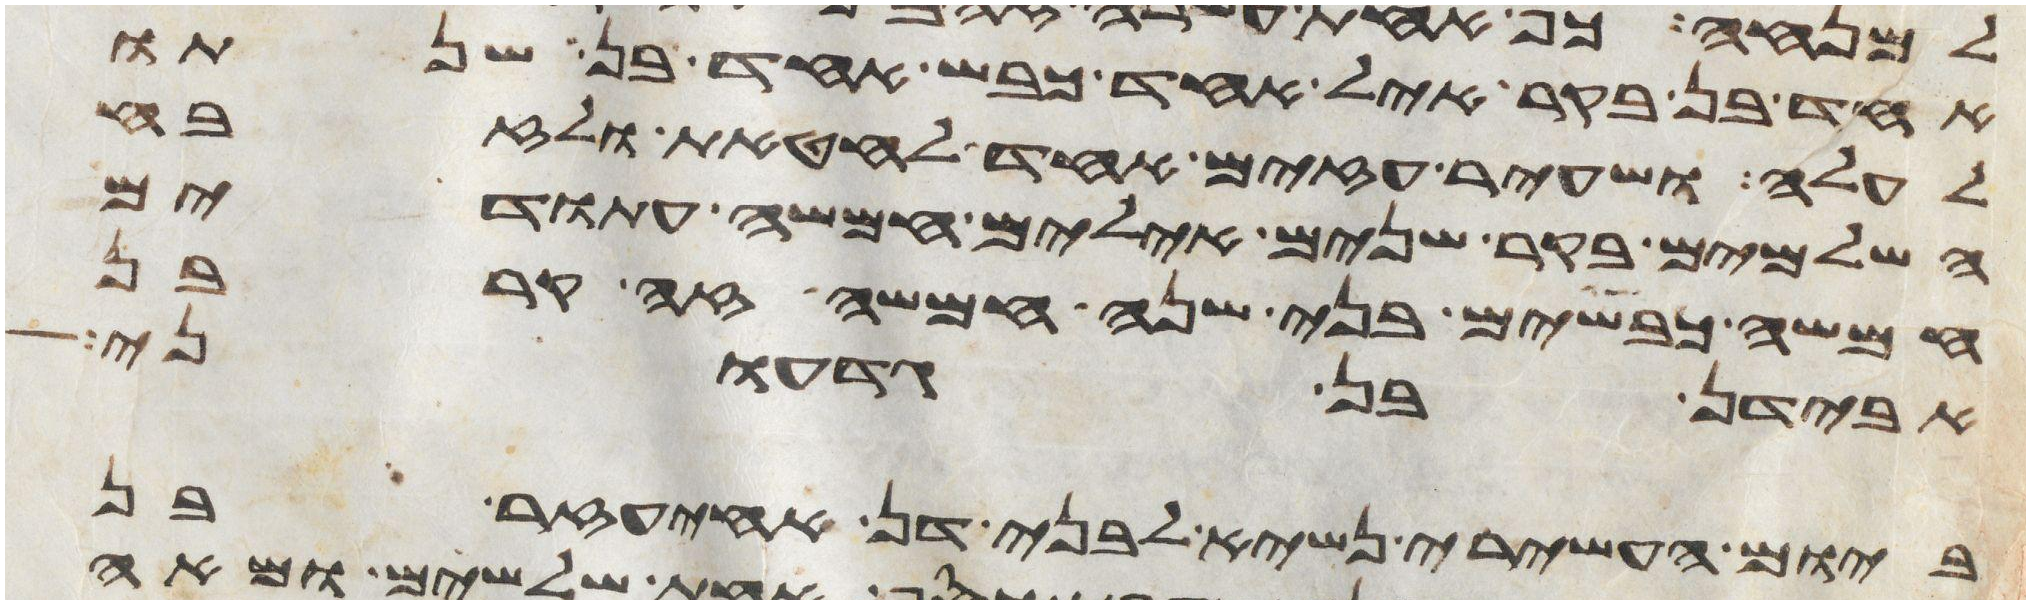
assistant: אחד בן בקר איל אחד כבש אחד בן שנתו
לעלה ושעיר עזים אחד לחטאת ולזבח
השלמים בקר שנים אילים חמשה עתודים
חמשה כבשים בני שנה חמשה זה קרבן
אבידן בן גדעוני
ביום העשירי נשיא לבני דן אחיעזר בן